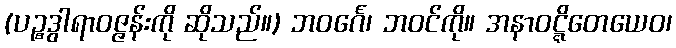
(ပဉ္စဒွါရာဝဇ္ဇန်းကို ဆိုသည်။) ဘဝင်္ဂေ၊ ဘဝင်ကို။ အနာဝဋ္ဋိတေယေဝ၊